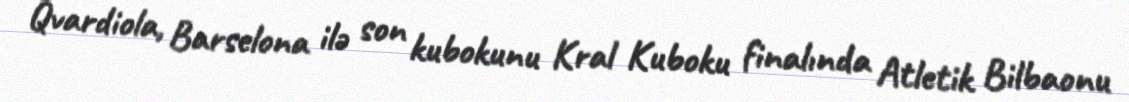
Qvardiola, Barselona ilə son kubokunu Kral Kuboku finalında Atletik Bilbaonu